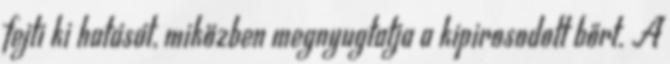
fejti ki hatását, miközben megnyugtatja a kipirosodott bőrt. A